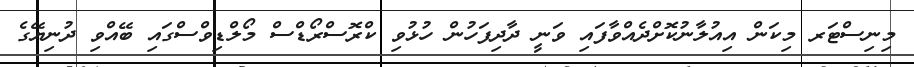
މިނިސްޓަރ މިކަން އިއުލާނުކޮށްދެއްވާފައި ވަނީ ދާދިފަހުން ހުޅުވި ކްރޮސްރޯޑްސް މޯލްޑިވްސްގައި ބޭއްވި ދުނިޔޭގެ